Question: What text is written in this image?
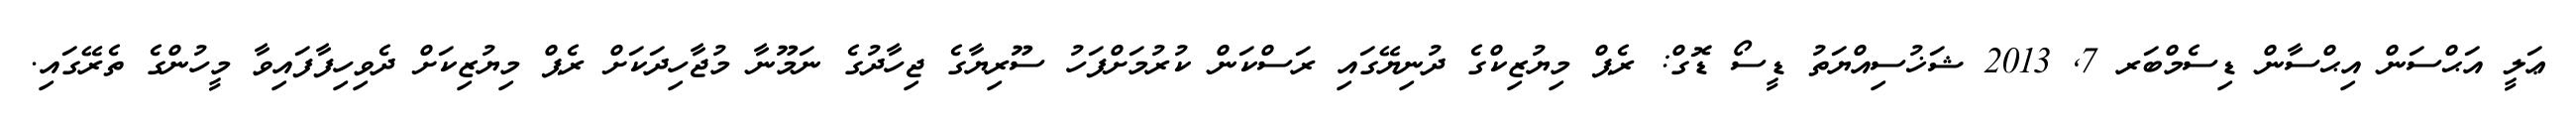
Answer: ޢަލީ އަޙްސަން އިޙްސާން ޑިސެމްބަރ 7, 2013 ޝަޚުސިއްޔަތު ޑީސޯ ޑޮގް: ރެޕް މިޔުޒިކްގެ ދުނިޔޭގައި ރަސްކަން ކުރުމަށްފަހު ސޫރިޔާގެ ޖިހާދުގެ ނަމޫނާ މުޖާހިދަކަށް ރެޕް މިޔުޒިކަށް ދެވިހިފާފައިވާ މީހުންގެ ތެރޭގައި.